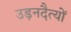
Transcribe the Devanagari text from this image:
उड़नदैत्यों